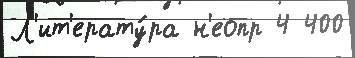
Л'ит'ерату́ра н'еопр 4 400